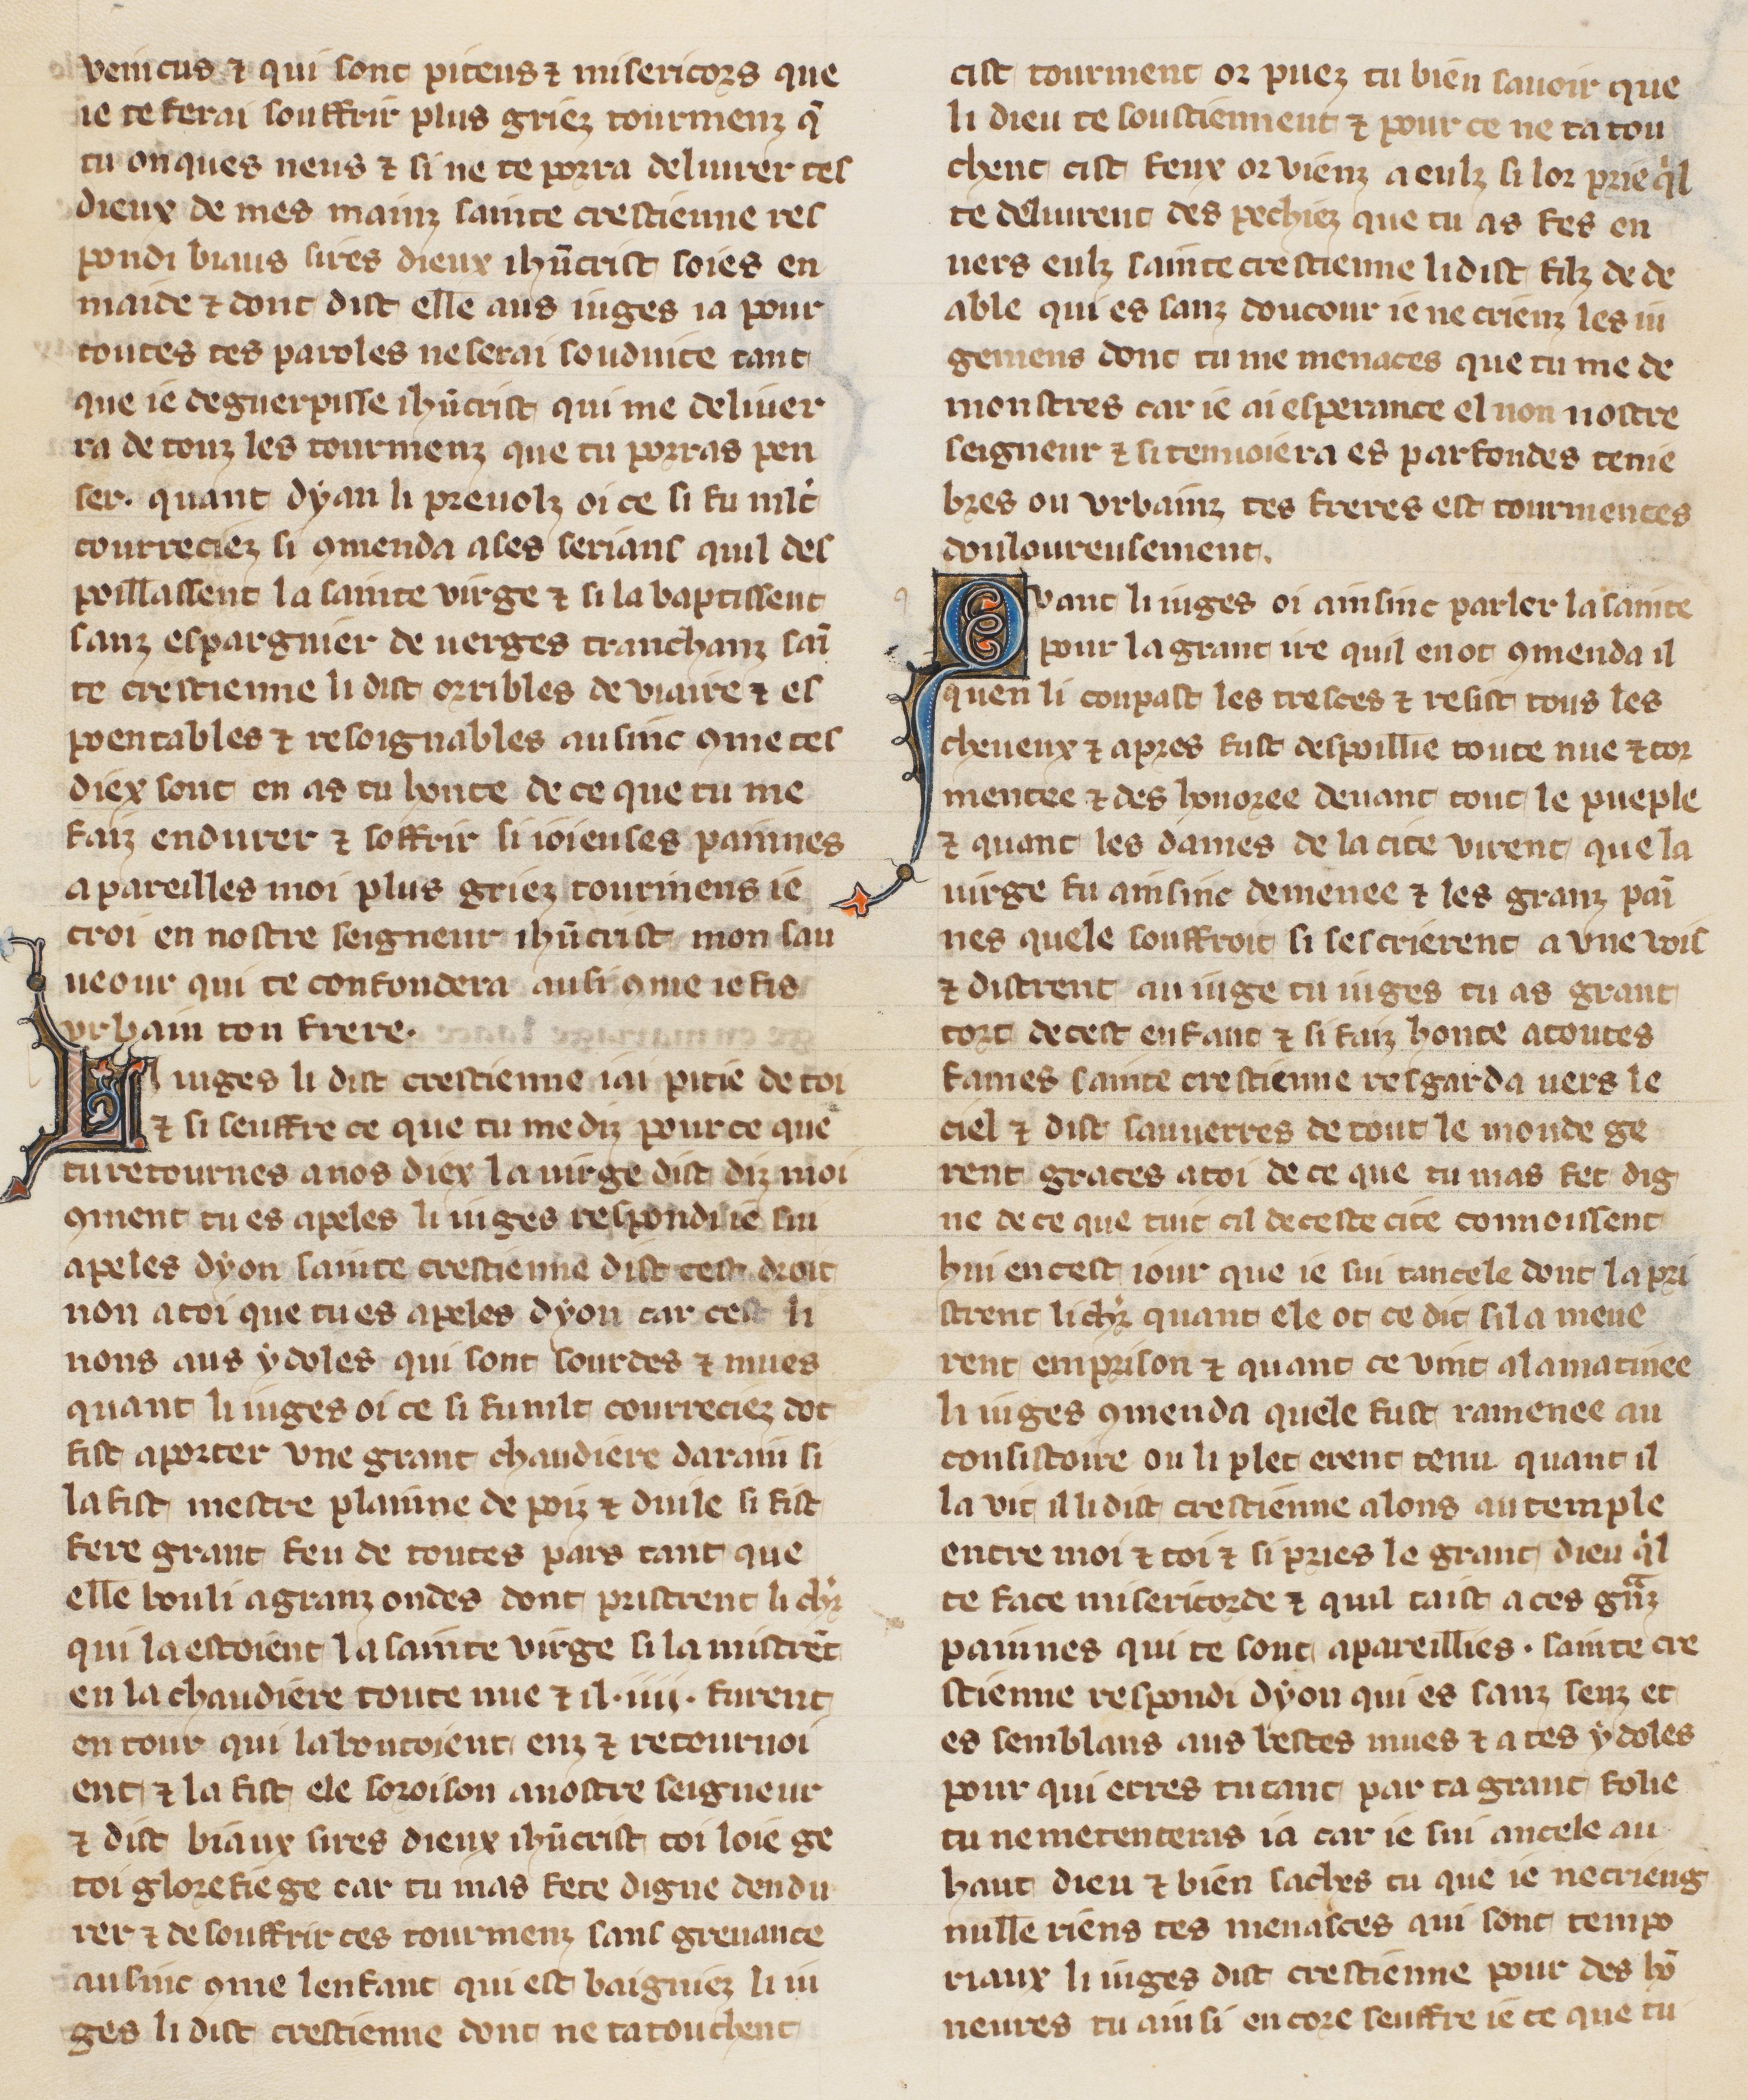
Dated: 1305–1335